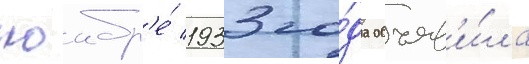
ноабр'е́ 1933 го́да объяв'и́ла